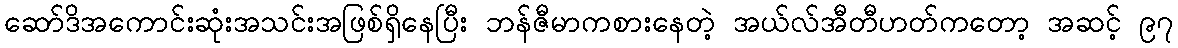
ဆော်ဒိအကောင်းဆုံးအသင်းအဖြစ်ရှိနေပြီး ဘန်ဇီမာကစားနေတဲ့ အယ်လ်အီတီဟတ်ကတော့ အဆင့် ၉၇